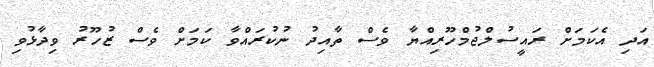
އަދި އެކަމަށް ރައީސުލްޖުމްހޫރިއްޔާ ވެސް ތާއިދު ނުކުރައްވާ ކަމަށް ވެސް ޒުހޫރު ވިދާޅުވި